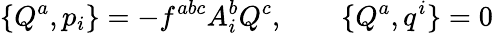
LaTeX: \{ Q^{a},p_{i}\} =-f^{abc}A_{i}^{b}Q^{c},\ \ \ \ \ \ \ \ \{ Q^{a},q^{i}\} =0